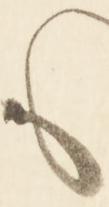
も